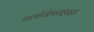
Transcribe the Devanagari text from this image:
फ्लोरोहायड्राइड